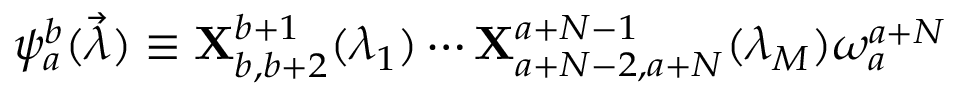
\psi _ { a } ^ { b } ( \vec { \lambda } ) \equiv { \bf X } _ { b , b + 2 } ^ { b + 1 } ( \lambda _ { 1 } ) \cdots { \bf X } _ { a + N - 2 , a + N } ^ { a + N - 1 } ( \lambda _ { M } ) \omega _ { a } ^ { a + N }